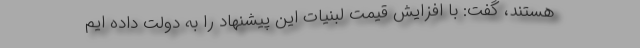
هستند، گفت: با افزایش قیمت لبنیات این پیشنهاد را به دولت داده ایم